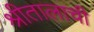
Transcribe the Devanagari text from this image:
श्रीतालाची